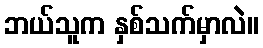
ဘယ်သူက နှစ်သက်မှာလဲ။